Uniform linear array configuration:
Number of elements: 12
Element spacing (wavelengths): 1
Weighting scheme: blackman
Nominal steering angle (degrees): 60
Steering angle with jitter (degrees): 59.303
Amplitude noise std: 0.05
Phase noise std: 0.05

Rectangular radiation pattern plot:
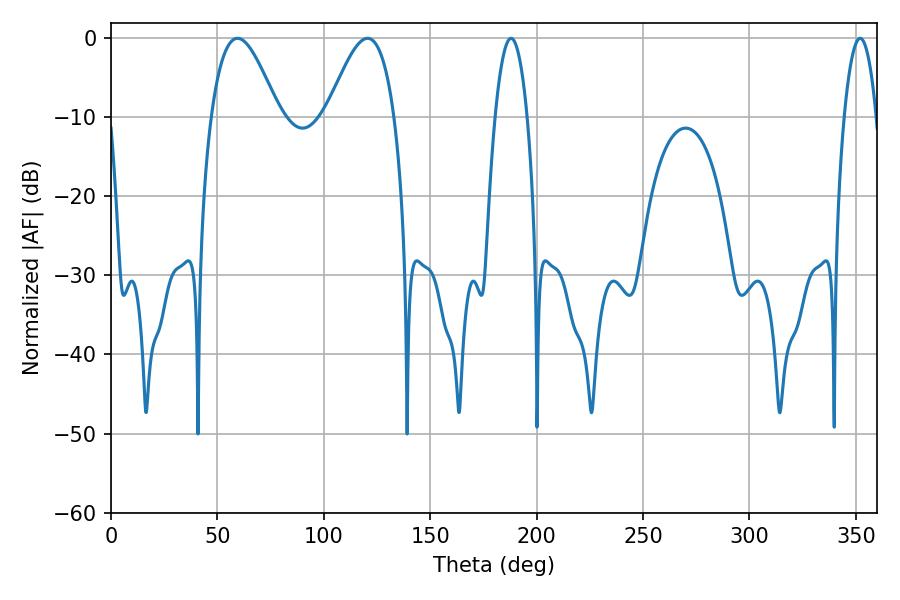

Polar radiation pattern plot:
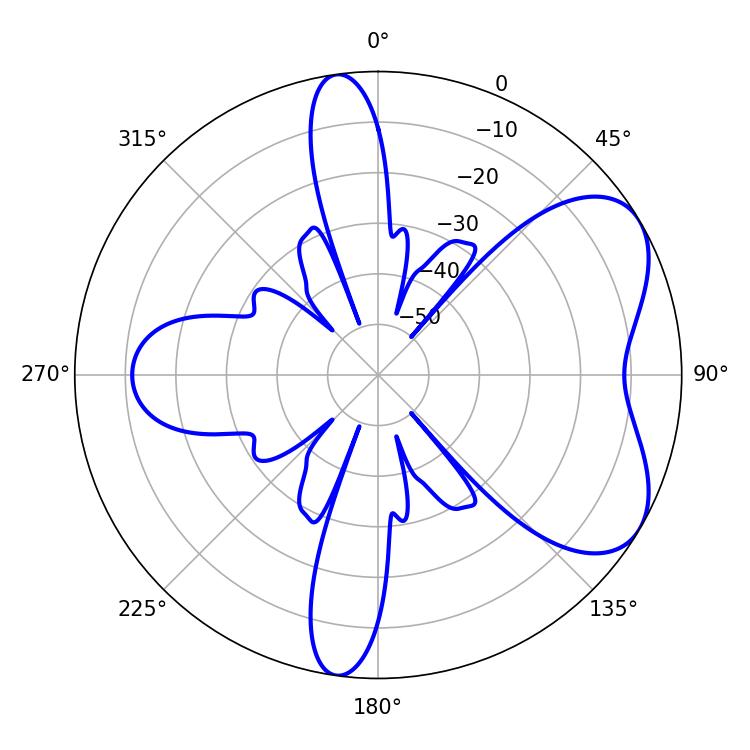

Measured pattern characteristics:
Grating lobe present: TRUE
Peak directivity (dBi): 5.845
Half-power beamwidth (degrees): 17.1
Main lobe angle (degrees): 59.4